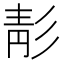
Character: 𩇕